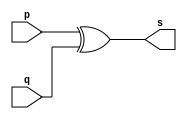
// --------------------- 
// Exemplo0005 - xor 
// Nome:Rafael Lopes Barbosa 
// --------------------- 
// --------------------- 
// -- xor gate 
// --------------------- 
module xorgate (output [0:3] s, 
input [0:3] p, 
input [0:3] q); 
assign s = p ^ q; 
endmodule // xor 
// --------------------- 
// -- test xorgate 
// --------------------- 
module testxorgate; 
// ------------------------- dados locais 
reg [0:3] a,b; // definir registrador 
wire [0:3] s; // definir conexao (fio) 
// ------------------------- instancia 
xorgate XOR1 (s, a, b); 
// ------------------------- preparacao 
initial begin:start 
a=4'b0011; // 4 valores binarios 
b=4'b0101; // 4 valores binarios 
end 
// ------------------------- parte principal 
initial begin:main 
$display("Exemplo0005 - Rafael Lopes Barbosa - 435052"); 
$display("Test xor gate"); 
$display("\n a ^ b = s\n"); 
$monitor("%b ^ %b = %b", a, b, s); 
#1 a=0; b=0; // valores decimais 
#1 a=4'b0010; b=4'b0001; // valores binarios 
#1 a=4'd1; b=3; // decimal e decimal 
#1 a=4'o5; b=2; // octal e decimal 
#1 a=4'hA; b=3; // hexadecimal e decimal 
#1 a=4'h9; b=4'o3; // hexadecimal e octal 
end 
endmodule // testxorgate